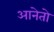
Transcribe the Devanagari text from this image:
आनेतो